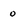
Character: o